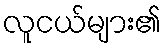
လူငယ်များ၏